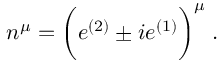
n ^ { \mu } = \biggl ( e ^ { ( 2 ) } \pm i e ^ { ( 1 ) } \biggr ) ^ { \mu } \; .